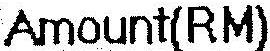
AMOUNT(RM)